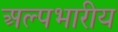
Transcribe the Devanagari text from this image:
अल्पभारीय